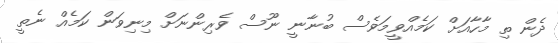
ދެން ތި މާހާއަށް ކަމެއްވީމަވެސް ބުނާނީ ނޫސް ވެރިންނަށް މިނިވަން ކަމެއް ނެތީ